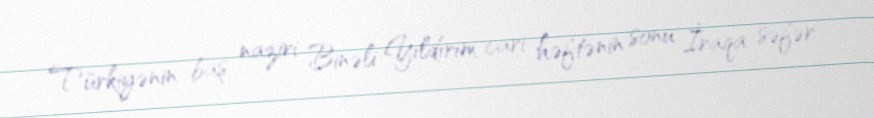
Türkiyənin baş naziri Binəli Yıldırım cari həftənin sonu İraqa səfər